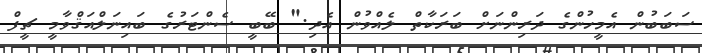
ސަބަބުން އެމީހުންގެ ދަރިންނަށް ބަރަކާތް ލެއްވުން އެދި." ބޭބީ ސެންޓަރުގެ ބައިނަލްއަޤްވާމީ ޗީފް